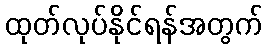
ထုတ်လုပ်နိုင်ရန်အတွက်